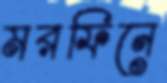
মরফিনে